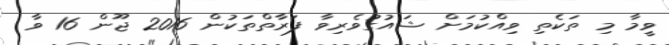
ވީމާ މި ތަކެތި ވިއްކުމަށް ޝައުގުވެރިވާ ފަރާތްތަކުން 2016 ޖޫން 16 ވާ